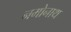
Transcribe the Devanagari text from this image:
नमोनाथ